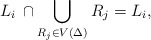
\begin{align*}L_i \,\cap \bigcup_{R_j\in V(\Delta)} R_j = L_i, \end{align*}